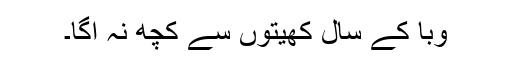
وبا کے سال کھیتوں سے کچھ نہ اگا۔